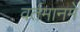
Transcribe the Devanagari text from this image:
वर्तमानमें